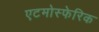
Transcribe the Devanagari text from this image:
एटमोस्फेरिक